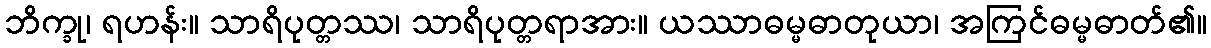
ဘိက္ခု၊ ရဟန်း။ သာရိပုတ္တဿ၊ သာရိပုတ္တရာအား။ ယဿာဓမ္မဓာတုယာ၊ အကြင်ဓမ္မဓာတ်၏။